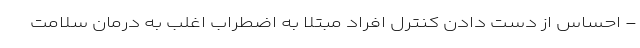
- احساس از دست دادن کنترل افراد مبتلا به اضطراب اغلب به درمان سلامت